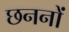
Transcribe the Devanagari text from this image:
छननों